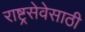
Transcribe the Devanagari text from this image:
राष्ट्रसेवेसाठी